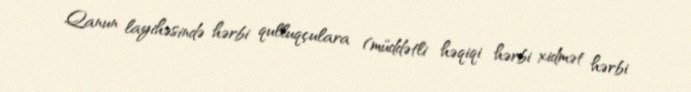
Qanun layihəsində hərbi qulluqçulara (müddətli həqiqi hərbi xidmət hərbi